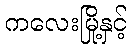
ကလေးမြို့နှင့်